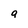
Character: a